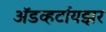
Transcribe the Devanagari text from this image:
अॅडव्हर्टायझर